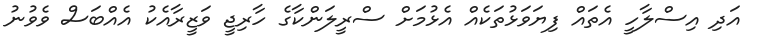
އަދި އިސްލާހީ އެތައް ފިޔަވަޅުތަކެއް އެޅުމަށް ސްރީލަންކާގެ ހާރިޖީ ވަޒީރާއެކު އެއްބަސް ވެވުނު